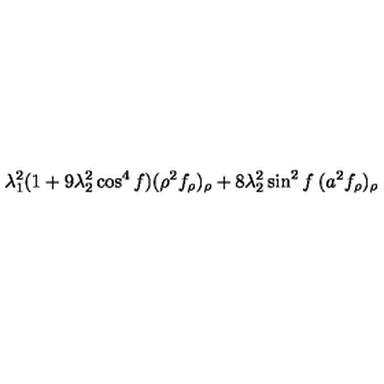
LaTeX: \lambda _ { 1 } ^ { 2 } ( 1 + 9 \lambda _ { 2 } ^ { 2 } \cos ^ { 4 } f ) ( \rho ^ { 2 } f _ { \rho } ) _ { \rho } + 8 \lambda _ { 2 } ^ { 2 } \sin ^ { 2 } f \: ( a ^ { 2 } f _ { \rho } ) _ { \rho }